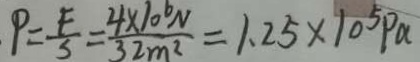
P = \frac { F } { 5 } = \frac { 4 \times 1 0 ^ { 6 } N } { 3 2 m ^ { 2 } } = 1 . 2 5 \times 1 0 ^ { 5 } P \alpha